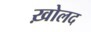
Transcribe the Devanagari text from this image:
ख़ोलद